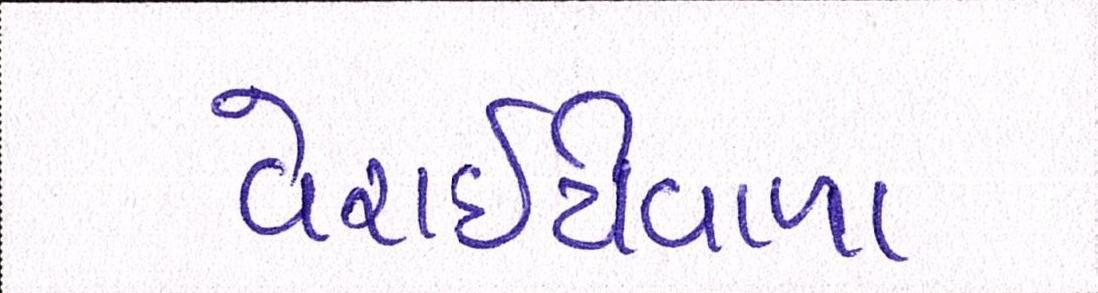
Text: વેરાઇટીવાળા